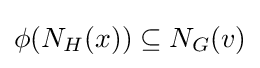
\phi (N_{H}(x))\subseteq N_{G}(v)